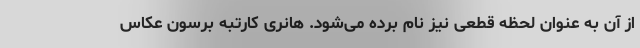
از آن به عنوان لحظه قطعی نیز نام برده می‌شود. هانری کارتبه برسون عکاس